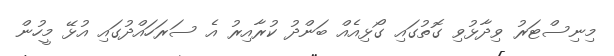
މިނިސްޓަރު ވިދާޅުވި ގޮތުގައި ގޯޅިއެއް ބަންދު ކުރާއިރު އެ ސަރަހައްދުގައި އުޅޭ މީހުން